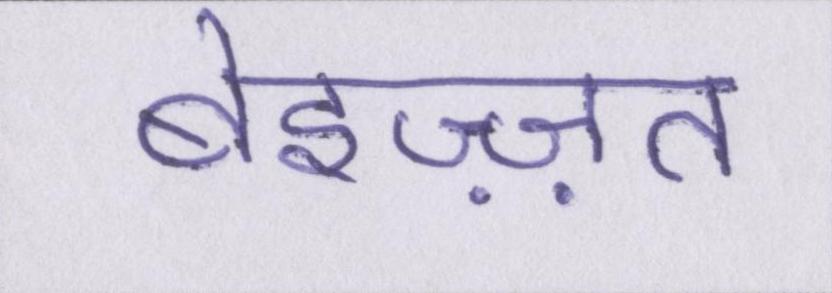
बेइज़्ज़त